Document type: Sale
Year: 1423
Scribe: Joan Franc
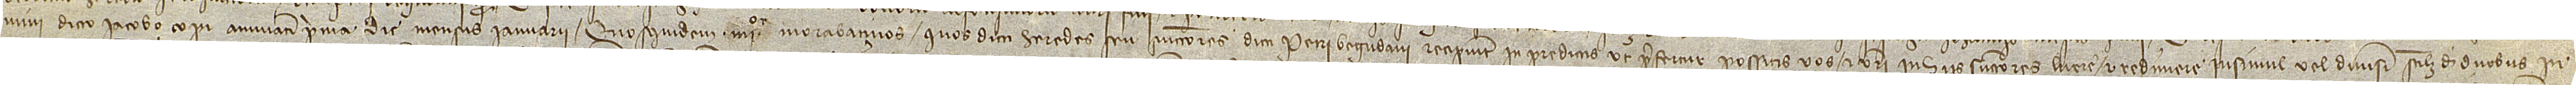
mini dicto Iacobo Copi annuatim prima die mensis ianuarii. Quosquidem IIIIor morabatinos quos dicti heredes seu successores dicti Petri Begudani recipiunt in predictis, ut prefertur, possitis vos et vestri in hiis successores luere et redimere insimul vel divisim, scilicet, de duobus in